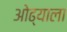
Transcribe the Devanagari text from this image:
ओढ्याला